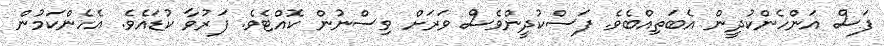
ފަސް އަންހެންކުދީން އެބަތިއްބެވެ. ފަސްކުދީންވެސް ވަރަށް ވިސްނުން ކޮއްޓެވެ. ފަރުވާ ކުޑައެވެ. އެހެންކަމުން